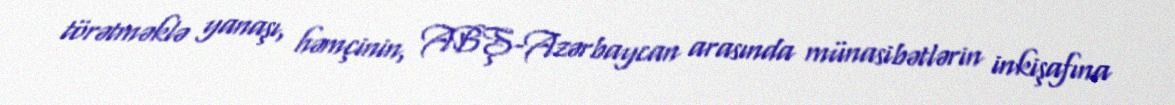
törətməklə yanaşı, həmçinin, ABŞ-Azərbaycan arasında münasibətlərin inkişafına